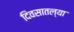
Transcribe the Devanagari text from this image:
दिवसातल्या